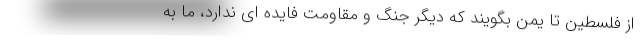
از فلسطین تا یمن بگویند که دیگر جنگ و مقاومت فایده ای ندارد، ما به